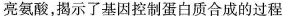
亮氨酸，揭示了基因控制蛋白质合成的过程